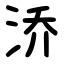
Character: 㳢